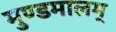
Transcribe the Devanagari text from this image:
मुण्डमालम्